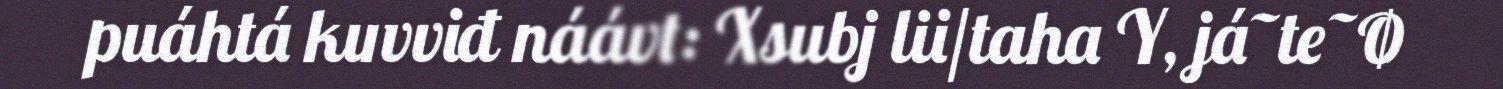
puáhtá kuvviđ náávt: Xsubj lii/taha Y, já~te~Ø